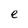
Character: e